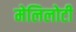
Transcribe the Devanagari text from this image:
मेलिलोटी